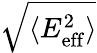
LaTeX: \sqrt{\langle E_{\mathrm{eff}}^{2}\rangle}